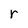
Character: r